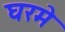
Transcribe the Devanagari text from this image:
घरमे